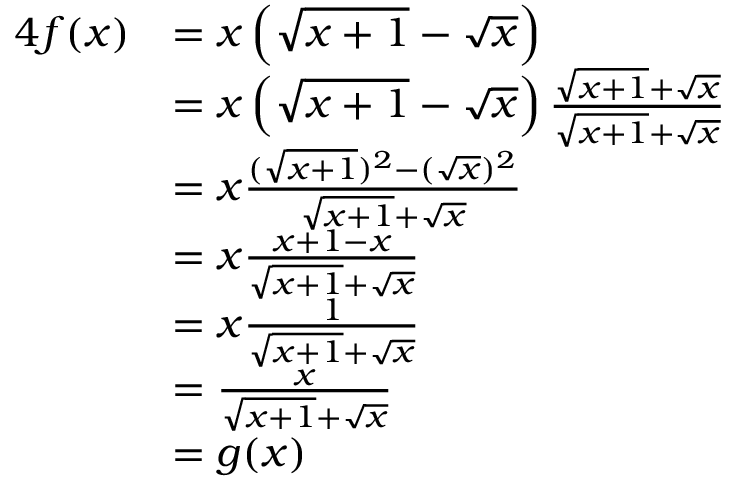
{ \begin{array} { r l } { { 4 } f ( x ) } & { = x \left( { \sqrt { x + 1 } } - { \sqrt { x } } \right) } \\ & { = x \left( { \sqrt { x + 1 } } - { \sqrt { x } } \right) { \frac { { \sqrt { x + 1 } } + { \sqrt { x } } } { { \sqrt { x + 1 } } + { \sqrt { x } } } } } \\ & { = x { \frac { ( { \sqrt { x + 1 } } ) ^ { 2 } - ( { \sqrt { x } } ) ^ { 2 } } { { \sqrt { x + 1 } } + { \sqrt { x } } } } } \\ & { = x { \frac { x + 1 - x } { { \sqrt { x + 1 } } + { \sqrt { x } } } } } \\ & { = x { \frac { 1 } { { \sqrt { x + 1 } } + { \sqrt { x } } } } } \\ & { = { \frac { x } { { \sqrt { x + 1 } } + { \sqrt { x } } } } } \\ & { = g ( x ) } \end{array} }